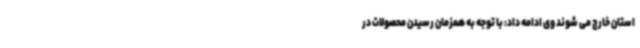
استان خارج می شوند وی ادامه داد: با توجه به همزمان رسیدن محصولات در